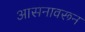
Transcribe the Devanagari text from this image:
आसनावरून